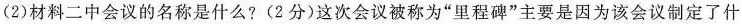
(2)材料二中会议的名称是什么?(2分)这次会议被称为”里程碑”主要是因为该会议制定了什